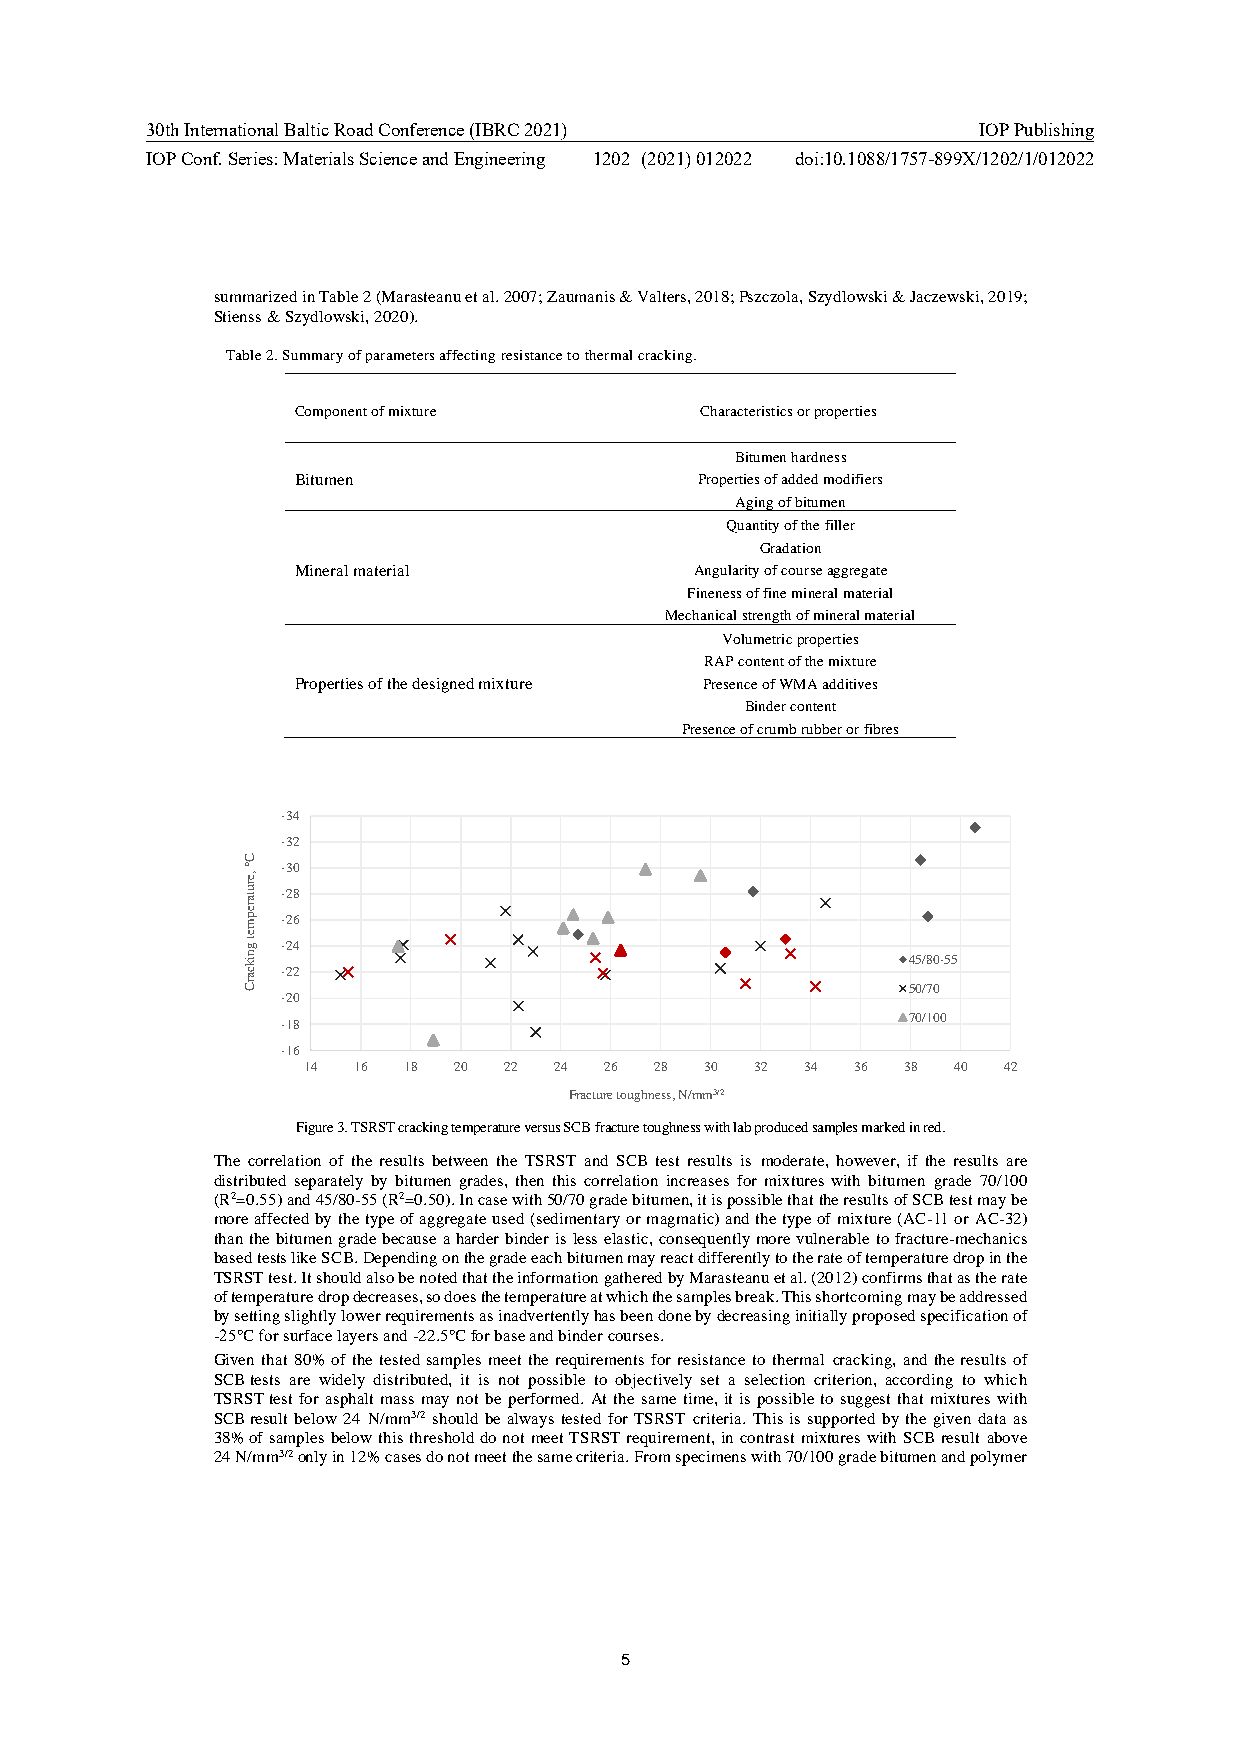
30th International Baltic Road Conference (IBRC 2021)  IOP Publishing
 IOP Conf. Series: Materials Science and Engineering 1202 (2021) 012022 doi:10.1088/1757-899X/1202/1/012022
 summarized in Table 2 (Marasteanu et al. 2007; Zaumanis & Valters, 2018; Pszczola, Szydlowski & Jaczewski, 2019;
 Stienss & Szydlowski, 2020).
 Table 2. Summary of parameters affecting resistance to thermal cracking.
 Component of mixture       Characteristics or properties
 Bitumen hardness
 Bitumen                    Properties of added modifiers
 Aging of bitumen
 Quantity of the filler
 Gradation
 Mineral material           Angularity of course aggregate
 Fineness of fine mineral material
 Mechanical strength of mineral material
 Volumetric properties
 RAP content of the mixture
 Properties of the designed mixture Presence of WMA additives
 Binder content
 Presence of crumb rubber or fibres
 -34
 -32
 -30
 -28
 -26
 -24
 45/80-55
 -22
 50/70
 -20
 70/100
 -18
 -16
 14 16  18 20 22  24 26 28  30 32 34  36 38 40 42
 Fracture toughness, N/mm3/2
 Figure 3. TSRST cracking temperature versus SCB fracture toughness with lab produced samples marked in red.
 The correlation of the results between the TSRST and SCB test results is moderate, however, if the results are
 distributed separately by bitumen grades, then this correlation increases for mixtures with bitumen grade 70/100
 (R2=0.55) and 45/80-55 (R2=0.50). In case with 50/70 grade bitumen, it is possible that the results of SCB test may be
 more affected by the type of aggregate used (sedimentary or magmatic) and the type of mixture (AC-11 or AC-32)
 than the bitumen grade because a harder binder is less elastic, consequently more vulnerable to fracture-mechanics
 based tests like SCB. Depending on the grade each bitumen may react differently to the rate of temperature drop in the
 TSRST test. It should also be noted that the information gathered by Marasteanu et al. (2012) confirms that as the rate
 of temperature drop decreases, so does the temperature at which the samples break. This shortcoming may be addressed
 by setting slightly lower requirements as inadvertently has been done by decreasing initially proposed specification of
 -25℃ for surface layers and -22.5℃ for base and binder courses.
 Given that 80% of the tested samples meet the requirements for resistance to thermal cracking, and the results of
 SCB tests are widely distributed, it is not possible to objectively set a selection criterion, according to which
 TSRST test for asphalt mass may not be performed. At the same time, it is possible to suggest that mixtures with
 SCB result below 24 N/mm3/2 should be always tested for TSRST criteria. This is supported by the given data as
 38% of samples below this threshold do not meet TSRST requirement, in contrast mixtures with SCB result above
 24 N/mm3/2 only in 12% cases do not meet the same criteria. From specimens with 70/100 grade bitumen and polymer
 5
 C°
 ,erutarepmet
 gnikcarC